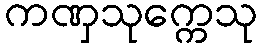
ကဏှသုက္ကေသု